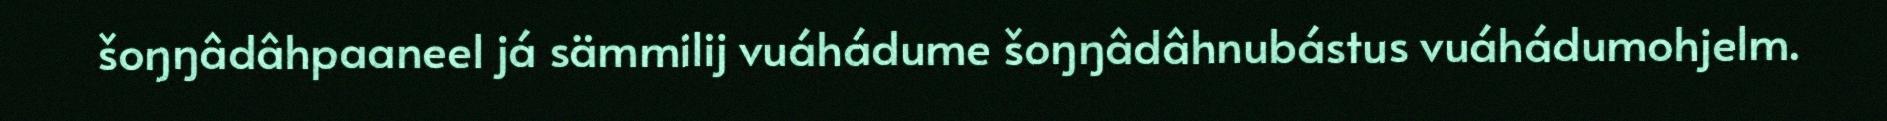
šoŋŋâdâhpaaneel já sämmilij vuáhádume šoŋŋâdâhnubástus vuáhádumohjelm.